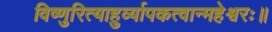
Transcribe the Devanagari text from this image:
विष्णुरित्याहुर्व्यापकत्वान्महेश्वरः॥